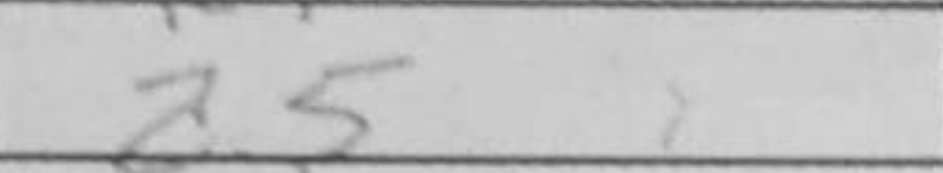
Transcription: a5